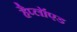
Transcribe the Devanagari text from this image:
हैप्लॉएड